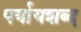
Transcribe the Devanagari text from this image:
पर्यायशब्द